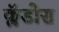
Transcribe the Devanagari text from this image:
क्लॅडोस